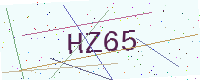
Text: HZ65